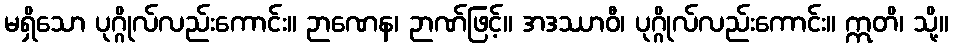
မရှိသော ပုဂ္ဂိုလ်လည်းကောင်း။ ဉာဏေန၊ ဉာဏ်ဖြင့်။ အဒဿာဝီ၊ ပုဂ္ဂိုလ်လည်းကောင်း။ ဣတိ၊ သို့။